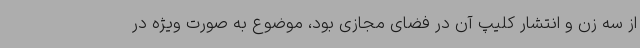
از سه زن و انتشار کلیپ آن در فضای مجازی بود، موضوع به صورت ویژه در